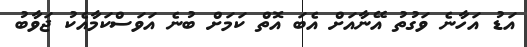
އަޑު އަހާނެ ވަގުތު އޭނާއަށް އެބަ އޮތް ކަމަށް ބުނެ އަވަސްކަމާއެކު ޖަވާބު